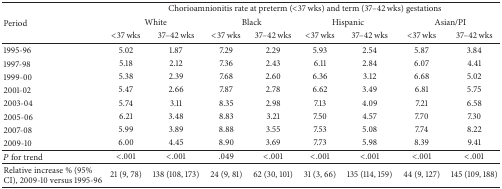
<table><thead><tr><td><b> </b></td><td colspan="8"><b>Chorioamnionitis rate at preterm (&lt;37 wks) and term (37–42 wks) gestations</b></td></tr><tr><td><b>Period</b></td><td colspan="2"><b>White</b></td><td colspan="2"><b>Black</b></td><td colspan="2"><b>Hispanic</b></td><td colspan="2"><b>Asian/PI</b></td></tr><tr><td><b> </b></td><td><b>&lt;37 wks</b></td><td><b>37–42 wks</b></td><td><b>&lt;37 wks</b></td><td><b>37–42 wks</b></td><td><b>&lt;37 wks</b></td><td><b>37–42 wks</b></td><td><b>&lt;37 wks</b></td><td><b>37–42 wks</b></td></tr></thead><tbody><tr><td>1995-96</td><td>5.02</td><td>1.87</td><td>7.29</td><td>2.29</td><td>5.93</td><td>2.54</td><td>5.87</td><td>3.84</td></tr><tr><td>1997-98</td><td>5.18</td><td>2.12</td><td>7.36</td><td>2.43</td><td>6.11</td><td>2.84</td><td>6.07</td><td>4.41</td></tr><tr><td>1999-00</td><td>5.38</td><td>2.39</td><td>7.68</td><td>2.60</td><td>6.36</td><td>3.12</td><td>6.68</td><td>5.02</td></tr><tr><td>2001-02</td><td>5.47</td><td>2.66</td><td>7.87</td><td>2.78</td><td>6.62</td><td>3.49</td><td>6.81</td><td>5.75</td></tr><tr><td>2003-04</td><td>5.74</td><td>3.11</td><td>8.35</td><td>2.98</td><td>7.13</td><td>4.09</td><td>7.21</td><td>6.58</td></tr><tr><td>2005-06</td><td>6.21</td><td>3.48</td><td>8.83</td><td>3.21</td><td>7.50</td><td>4.57</td><td>7.70</td><td>7.30</td></tr><tr><td>2007-08</td><td>5.99</td><td>3.89</td><td>8.88</td><td>3.55</td><td>7.53</td><td>5.08</td><td>7.74</td><td>8.22</td></tr><tr><td>2009-10</td><td>6.00</td><td>4.45</td><td>8.90</td><td>3.69</td><td>7.73</td><td>5.98</td><td>8.39</td><td>9.41</td></tr><tr><td><i>P</i> for trend</td><td>&lt;.001</td><td>&lt;.001</td><td>.049</td><td>&lt;.001</td><td>&lt;.001</td><td>&lt;.001</td><td>&lt;.001</td><td>&lt;.001</td></tr><tr><td>Relative increase % (95% CI), 2009-10 versus 1995-96</td><td>21 (9, 78)</td><td>138 (108, 173)</td><td>24 (9, 81)</td><td>62 (30, 101)</td><td>31 (3, 66)</td><td>135 (114, 159)</td><td>44 (9, 127)</td><td>145 (109, 188)</td></tr></tbody></table>